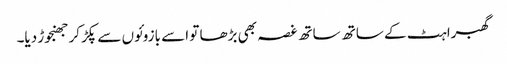
گھبراہٹ کے ساتھ ساتھ غصہ بھی بڑھا تو اسے بازوئوں سے پکڑ کر جھنجوڑ دیا۔